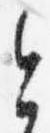
今